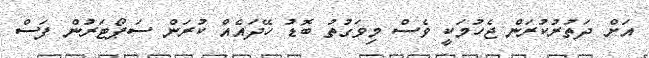
އަށް ދަތުރުކުރަން ޖެހުމަކީ ވެސް މިވަގުތު ބޮޑު ހޭދައެއް ކުރަން ސަޕޯޓަރުން ފަސް